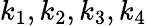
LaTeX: k_{1},k_{2},k_{3},k_{4}